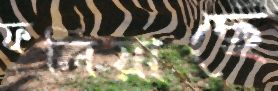
ফলিয়াছে